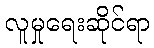
လူမှုရေးဆိုင်ရာ